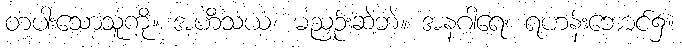
တပါးသောသူကို။ အဟိံသယံ၊ မညှဉ်းဆဲဘဲ။ အနဂါရေ၊ ရဟန်းဘောင်၌။